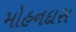
મોહનદાસ